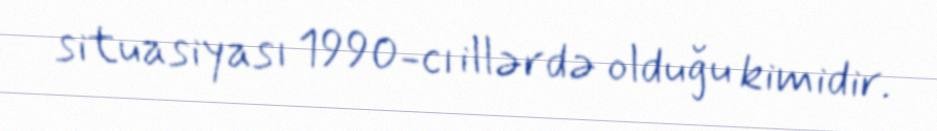
situasiyası 1990-cı illərdə olduğu kimidir.